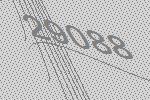
29088